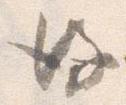
後